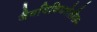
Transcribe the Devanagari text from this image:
जैवविविधतेतील